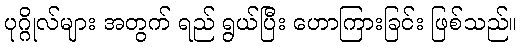
ပုဂ္ဂိုလ်များ အတွက် ရည် ရွယ်ပြီး ဟောကြားခြင်း ဖြစ်သည်။